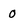
Character: 0